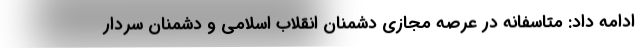
ادامه داد: متاسفانه در عرصه مجازی دشمنان انقلاب اسلامی و دشمنان سردار